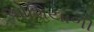
ઓશિયાળી